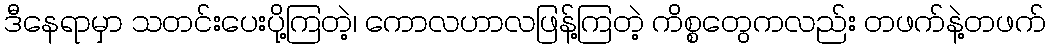
ဒီနေရာမှာ သတင်းပေးပို့ကြတဲ့၊ ကောလဟာလဖြန့်ကြတဲ့ ကိစ္စတွေကလည်း တဖက်နဲ့တဖက်